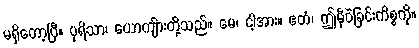
မရှိတော့ပြီ။ ပုရိသာ၊ ယောကျ်ားတို့သည်။ မေ၊ ငါ့အား။ ဧတံ၊ ဤမှီဝဲခြင်းကိစ္စကို။